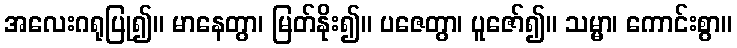
အလေးဂရုပြု၍။ မာနေတွာ၊ မြတ်နိုး၍။ ပဇေတွာ၊ ပူဇော်၍။ သမ္မာ၊ ကောင်းစွာ။